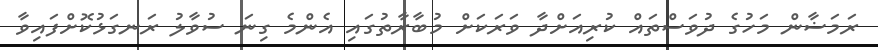
ރަމަޟާން މަހުގެ ދުވަސްތައް ކުރިއަށްދާ ވަރަކަށް މުބާރާތުގައި އެންމެ ގިނަ ސުވާލު ރަނގަޅުކޮށްފައިވާ